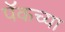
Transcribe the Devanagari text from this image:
पॅकच्या